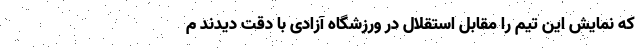
که نمایش این تیم را مقابل استقلال در ورزشگاه آزادی با دقت دیدند م